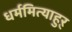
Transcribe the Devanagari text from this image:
धर्ममित्याहुऱ्